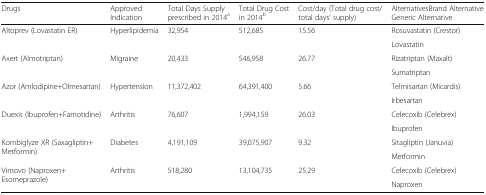
<table><thead><tr><td><b>Drugs</b></td><td><b>Approved Indication</b></td><td><b>Total Days Supply prescribed in 2014<sup>a</sup></b></td><td><b>Total Drug Cost in 2014<sup>b</sup></b></td><td><b>Cost/day (Total drug cost/total days’ supply)</b></td><td><b>AlternativesBrand Alternative Generic Alternative</b></td></tr></thead><tbody><tr><td rowspan="2">Altoprev (Lovastatin ER)</td><td rowspan="2">Hyperlipidemia</td><td rowspan="2">32,954</td><td rowspan="2">512,685</td><td rowspan="2">15.56</td><td>Rosuvastatin (Crestor)</td></tr><tr><td>Lovastatin</td></tr><tr><td rowspan="2">Axert (Almotriptan)</td><td rowspan="2">Migraine</td><td rowspan="2">20,433</td><td rowspan="2">546,958</td><td rowspan="2">26.77</td><td>Rizatriptan (Maxalt)</td></tr><tr><td>Sumatriptan</td></tr><tr><td rowspan="2">Azor (Amlodipine+Olmesartan)</td><td rowspan="2">Hypertension</td><td rowspan="2">11,372,402</td><td rowspan="2">64,391,400</td><td rowspan="2">5.66</td><td>Telmisartan (Micardis)</td></tr><tr><td>Irbesartan</td></tr><tr><td rowspan="2">Duexis (Ibuprofen+Famotidine)</td><td rowspan="2">Arthritis</td><td rowspan="2">76,607</td><td rowspan="2">1,994,159</td><td rowspan="2">26.03</td><td>Celecoxib (Celebrex)</td></tr><tr><td>Ibuprofen</td></tr><tr><td rowspan="2">Kombiglyze XR (Saxagliptin+Metformin)</td><td rowspan="2">Diabetes</td><td rowspan="2">4,191,109</td><td rowspan="2">39,075,907</td><td rowspan="2">9.32</td><td>Sitagliptin (Januvia)</td></tr><tr><td>Metformin</td></tr><tr><td rowspan="2">Vimovo (Naproxen+Esomeprazole)</td><td rowspan="2">Arthritis</td><td rowspan="2">518,280</td><td rowspan="2">13,104,735</td><td rowspan="2">25.29</td><td>Celecoxib (Celebrex)</td></tr><tr><td>Naproxen</td></tr></tbody></table>